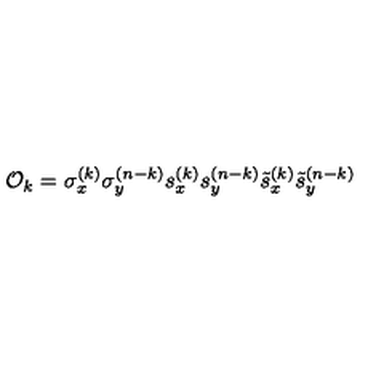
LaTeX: { \cal O } _ { k } = \sigma _ { x } ^ { ( k ) } \sigma _ { y } ^ { ( n - k ) } s _ { x } ^ { ( k ) } s _ { y } ^ { ( n - k ) } \tilde { s } _ { x } ^ { ( k ) } \tilde { s } _ { y } ^ { ( n - k ) }